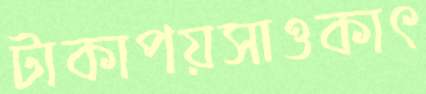
টাকাপয়সাওকাৎ